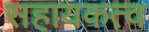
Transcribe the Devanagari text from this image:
सहायकत्व